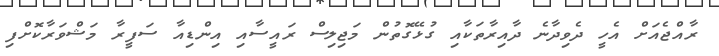
ރާއްޖެއަށް އެހީ ދެވިދާނެ ދާއިރާތަކާއި ގުޅޭގޮތުން މަޖިލިސް ރައީސާއި އިންޑިއާ ސަފީރާ މަޝްވަރާކޮށްފި